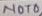
Text: A401